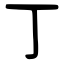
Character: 丁